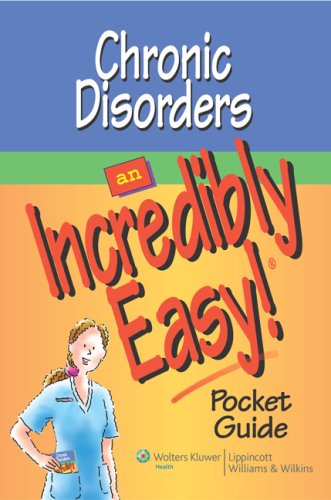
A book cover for Chronic Disorders: An Incredibly Easy! Pocket Guide (Incredibly Easy! SeriesÂ®); Springhouse; Medical Books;